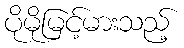
ပိုမိုမြင့်မားသည့်